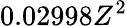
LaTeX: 0.02998Z^{2}